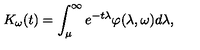
K _ { \omega } ( t ) = \int _ { \mu } ^ { \infty } e ^ { - t \lambda } \varphi ( \lambda , \omega ) d \lambda ,